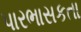
પારભાસકતા